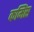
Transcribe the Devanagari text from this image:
कमिंस